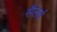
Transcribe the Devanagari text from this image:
सैलर्स